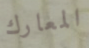
المعارك